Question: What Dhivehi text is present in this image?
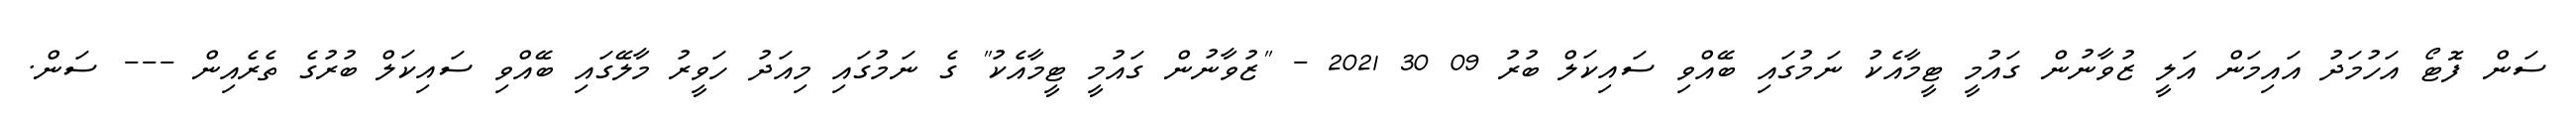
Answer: ސަން ފޮޓޯ އަހުމަދު އައިމަން އަލީ ޒުވާނުން ގައުމީ ޓީމާއެކު ނަމުގައި ބޭއްވި ސައިކަލް ބުރު 09 30 2021 - "ޒުވާނުން ގައުމީ ޓީމާއެކު" ގެ ނަމުގައި މިއަދު ހަވީރު މާލޭގައި ބޭއްވި ސައިކަލް ބުރުގެ ތެރެއިން --- ސަން.